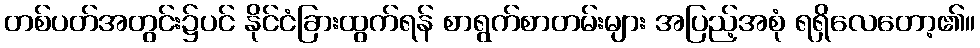
တစ်ပတ်အတွင်း၌ပင် နိုင်ငံခြားထွက်ရန် စာရွက်စာတမ်းများ အပြည့်အစုံ ရရှိလေတော့၏။